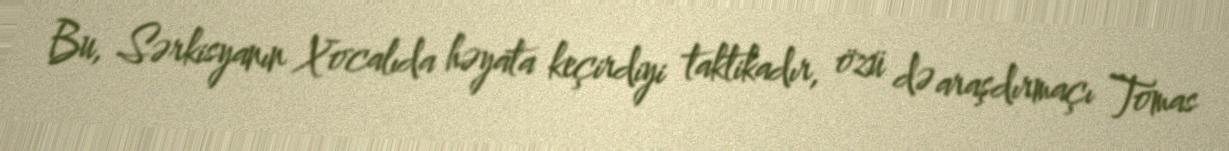
Bu, Sərkisyanın Xocalıda həyata keçirdiyi taktikadır, özü də araşdırmaçı Tomas